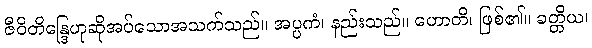
ဇီဝိတိန္ဒြေဟုဆိုအပ်သောအသက်သည်။ အပ္ပကံ၊ နည်းသည်။ ဟောတိ၊ ဖြစ်၏။ ခတ္တိယ၊